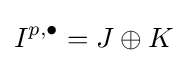
I^{p,\bullet }=J\oplus K